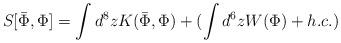
LaTeX: \begin{align*}S[\bar{\Phi},\Phi]=\int d^8 z K(\bar{\Phi},\Phi)+(\int d^6 z W(\Phi)+h.c.)\end{align*}